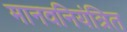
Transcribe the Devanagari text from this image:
मानवनियंत्रित